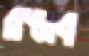
রজ্জব